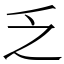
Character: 乏